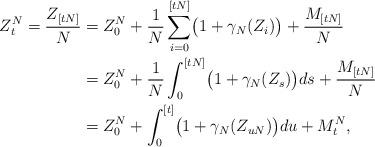
LaTeX: \begin{align*}Z^N_t= \frac{Z_{[tN]}}{N}&= Z^N_0+ \frac{1}{N} \sum\limits_{i=0}^{[tN]} \bigl( 1+\gamma_N(Z_i) \bigr) + \frac{M_{[tN]}}{N} \\&= Z^N_0+ \frac{1}{N} \int_{0}^{[tN]} \bigl( 1+\gamma_N(Z_s) \bigr) ds + \frac{M_{[tN]}}{N}\\&= Z^N_0 + \int_{0}^{[t]} \bigl( 1 + \gamma_N(Z_{uN}) \bigr) du + M^N_t,\end{align*}